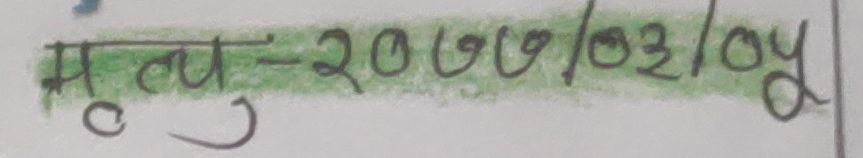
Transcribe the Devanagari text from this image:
मृत्यु-२०७७/०३/०५